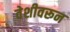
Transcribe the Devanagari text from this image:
वेशीवरून